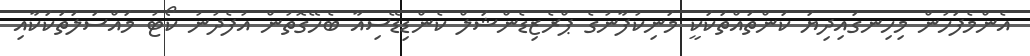
އެންމެފަހުން މިހިނގައިދިޔަ ކަންތައްތަކަކީ މަނިކުފާނުގެ ޕްރެޒިޑެންޝަލް ކެންޑިޑޭސިއާ ބެހޭގޮތުން އުފެދުނު ކޯޓު މައްސަލަތަކަކާއި